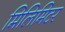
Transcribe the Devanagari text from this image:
मिलिमिटर